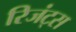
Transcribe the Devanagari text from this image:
रिजंट्स